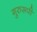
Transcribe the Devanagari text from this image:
गुरुरूपी